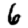
Digit: 6